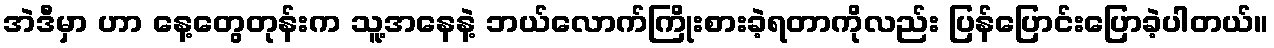
အဲဒီမှာ ဟာ နေ့တွေတုန်းက သူ့အနေနဲ့ ဘယ်လောက်ကြိုးစားခဲ့ရတာကိုလည်း ပြန်ပြောင်းပြောခဲ့ပါတယ်။